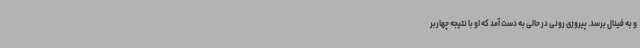
و به فینال برسد. پیروزی رونی در حالی به دست آمد که او با نتیجه چهاربر